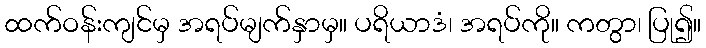
ထက်ဝန်းကျင်မှ အရပ်မျက်နှာမှ။ ပရိယာဒံ၊ အရပ်ကို။ ကတွာ၊ ပြု၍။